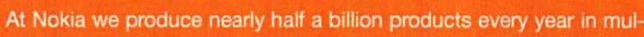
At Nokia we produce nearly half a billion products every year in mul-